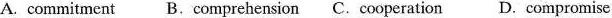
A.commitment B.Comprehension C.Cooperation D. Compromise